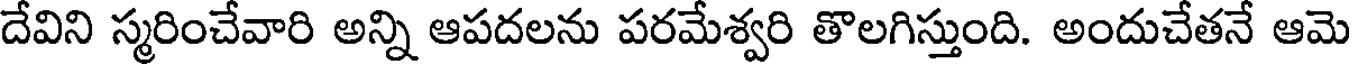
దేవిని స్మరించేవారి అన్ని ఆపదలను పరమేశ్వరి తొలగిస్తుంది. అందుచేతనే ఆమె